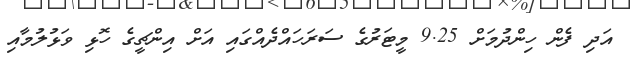
އަދި ފެން ހިންދުމަށް 9.25 މީޓަރުގެ ސަރަހައްދެއްގައި އަށް އިންޗީގެ ހޮޅި ވަޅުލުމާއި